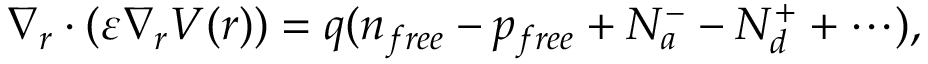
\nabla _ { r } \cdot ( \varepsilon \nabla _ { r } V ( r ) ) = q ( n _ { f r e e } - p _ { f r e e } + N _ { a } ^ { - } - N _ { d } ^ { + } + \cdots ) ,